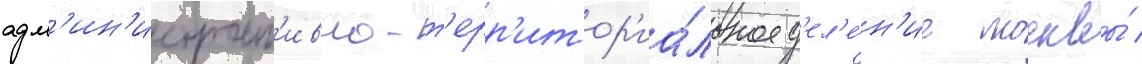
адм'ин'истрат'ивно-т'ерр'итор'иа́льное д'ел'е́н'ие москвы́ /